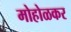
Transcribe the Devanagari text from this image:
मोहोळकर